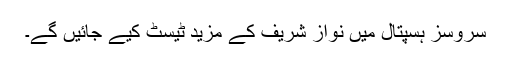
سروسز ہسپتال میں نواز شریف کے مزید ٹیسٹ کیے جائیں گے۔